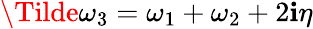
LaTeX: \Tilde{\omega}_{3}=\omega_{1}+\omega_{2}+2\mathbf{i}\eta